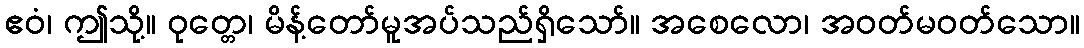
ဧဝံ၊ ဤသို့။ ဝုတ္တေ၊ မိန့်တော်မူအပ်သည်ရှိသော်။ အစေလော၊ အဝတ်မဝတ်သော။